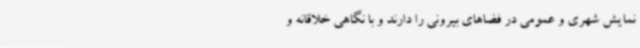
نمایش شهری و عمومی در فضاهای بیرونی را دارند و با نگاهی خلاقانه و